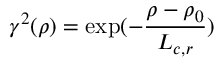
\gamma ^ { 2 } ( \rho ) = \exp ( - \frac { \rho - \rho _ { 0 } } { L _ { c , r } } )